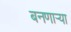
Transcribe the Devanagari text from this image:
बनणार्‍या